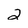
Character: 2